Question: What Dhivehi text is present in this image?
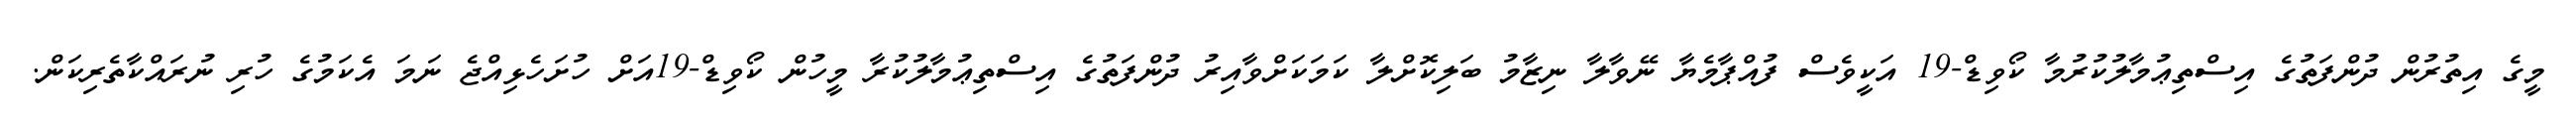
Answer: މީގެ އިތުރުން ދުންފަތުގެ އިސްތިޢުމާލުކުރުމާ ކޯވިޑް-19 އަކީވެސް ފުއްޕާމެޔާ ނޭވާލާ ނިޒާމު ބަލިކޮށްލާ ކަމަކަށްވާއިރު ދުންފަތުގެ އިސްތިޢުމާލުކުރާ މީހުން ކޯވިޑް-19އަށް ހުށަހެޅިއްޖެ ނަމަ އެކަމުގެ ހުރި ނުރައްކާތެރިކަން.